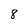
Character: 8